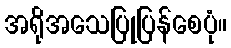
အရိုအသေပြုပြန်စေပုံ။